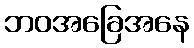
ဘဝအခြေအနေ